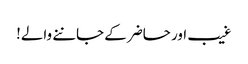
غیب اور حاضر کے جاننے والے!